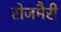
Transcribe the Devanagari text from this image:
रोजमैरी